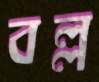
বল্ল